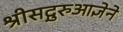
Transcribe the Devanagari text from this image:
श्रीसद्गुरुआज्ञेने